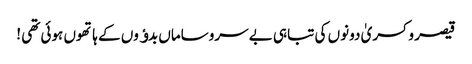
قیصر و کسریٰ دونوں کی تباہی بے سروساماں بدﺅوں کے ہاتھوں ہوئی تھی !